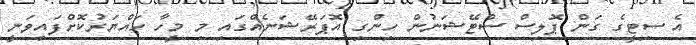
އެ ސިޓީގެ ގަން ޕޮލިސް ސްޓޭޝަނުން ހިންގި އޮޕަރޭޝަނެއްގައި މި މީހާ ހައްޔަރުކޮށްފައިވަނީ